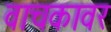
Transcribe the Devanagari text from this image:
वाचकावर